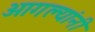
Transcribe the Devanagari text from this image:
ओगल्यांनी